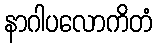
နာဂါပလောကိတံ